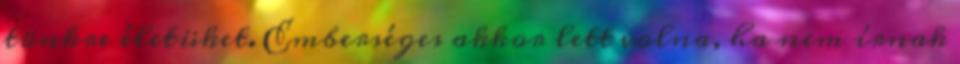
tönkre életüket. Emberséges akkor lett volna, ha nem írnak